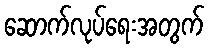
ဆောက်လုပ်ရေးအတွက်